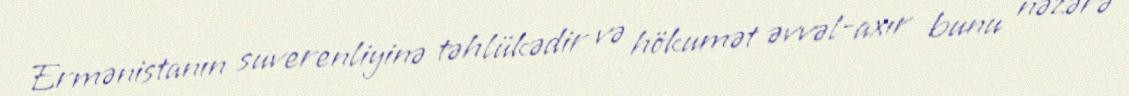
Ermənistanın suverenliyinə təhlükədir və hökumət əvvəl-axır bunu nəzərə